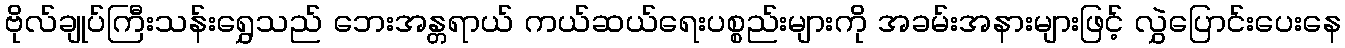
ဗိုလ်ချုပ်ကြီးသန်းရွှေသည် ဘေးအန္တရာယ် ကယ်ဆယ်ရေးပစ္စည်းများကို အခမ်းအနားများဖြင့် လွှဲပြောင်းပေးနေ